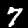
Digit: 7